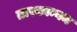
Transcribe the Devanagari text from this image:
तारकाम्यम